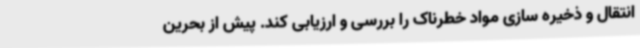
انتقال و ذخیره سازی مواد خطرناک را بررسی و ارزیابی کند. پیش از بحرین